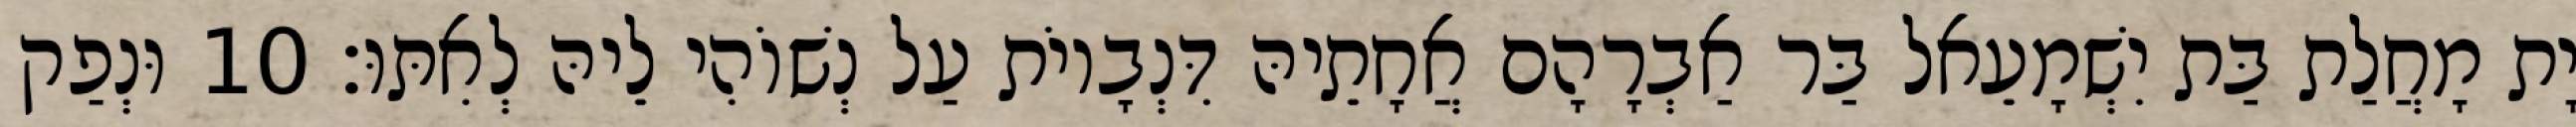
יָת מָחֲלַת בַּת יִשְׁמָעֵאל בַּר אַבְרָהָם אֲחָתֵיהּ דִּנְבָיוֹת עַל נְשׁוֹהִי לֵיהּ לְאִתּוּ׃ 10 וּנְפַק